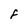
Character: F